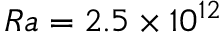
R a = 2 . 5 \times 1 0 ^ { 1 2 }